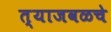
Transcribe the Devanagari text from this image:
त्याजवळचे